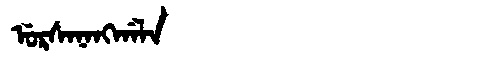
Manchu: ᡠᡵᠰᠠᠨᠠᠩᡤᠠᠯᠠ
Romanization: URSANANGGALA